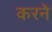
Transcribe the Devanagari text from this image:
करनेे